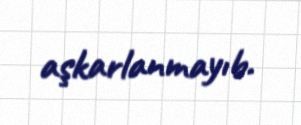
aşkarlanmayıb.